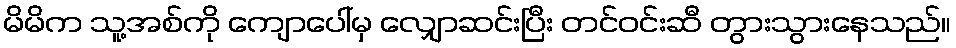
မိမိက သူ့အစ်ကို ကျောပေါ်မှ လျှောဆင်းပြီး တင်ဝင်းဆီ တွားသွားနေသည်။